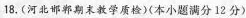
18. (河北部郸期末教学质检) (本小题满分12分)